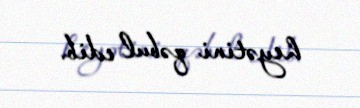
heyətini qəbul edib.